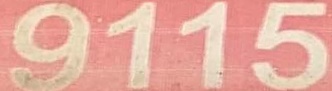
9115